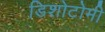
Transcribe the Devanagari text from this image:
डिशोटोमी